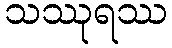
သဿုရဿ